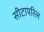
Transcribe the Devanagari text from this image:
सीटायरिल